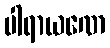
ပါရာယဏေ